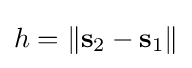
h=\|\mathbf {s} _{2}-\mathbf {s} _{1}\|